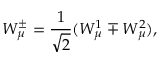
W _ { \mu } ^ { \pm } = \frac { 1 } { \sqrt { 2 } } ( W _ { \mu } ^ { 1 } \mp W _ { \mu } ^ { 2 } ) ,